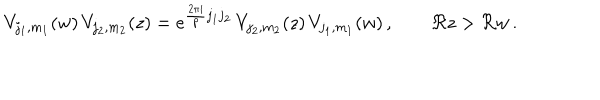
V _ { j _ { 1 } , m _ { 1 } } ( w ) \, V _ { j _ { 2 } , m _ { 2 } } ( z ) = e ^ { \frac { 2 \pi i } { p } j _ { 1 } j _ { 2 } } \, V _ { j _ { 2 } , m _ { 2 } } ( z ) \, V _ { j _ { 1 } , m _ { 1 } } ( w ) \, , \qquad \Re z > \Re w \, .